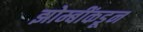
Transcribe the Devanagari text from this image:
झोम्बींकडून